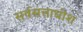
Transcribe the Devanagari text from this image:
सर्वसत्ताधीश